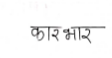
मजकूर: कारभार